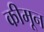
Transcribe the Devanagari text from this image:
कीमून